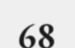
68